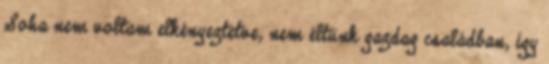
Soha nem voltam elkényeztetve, nem éltünk gazdag családban, így